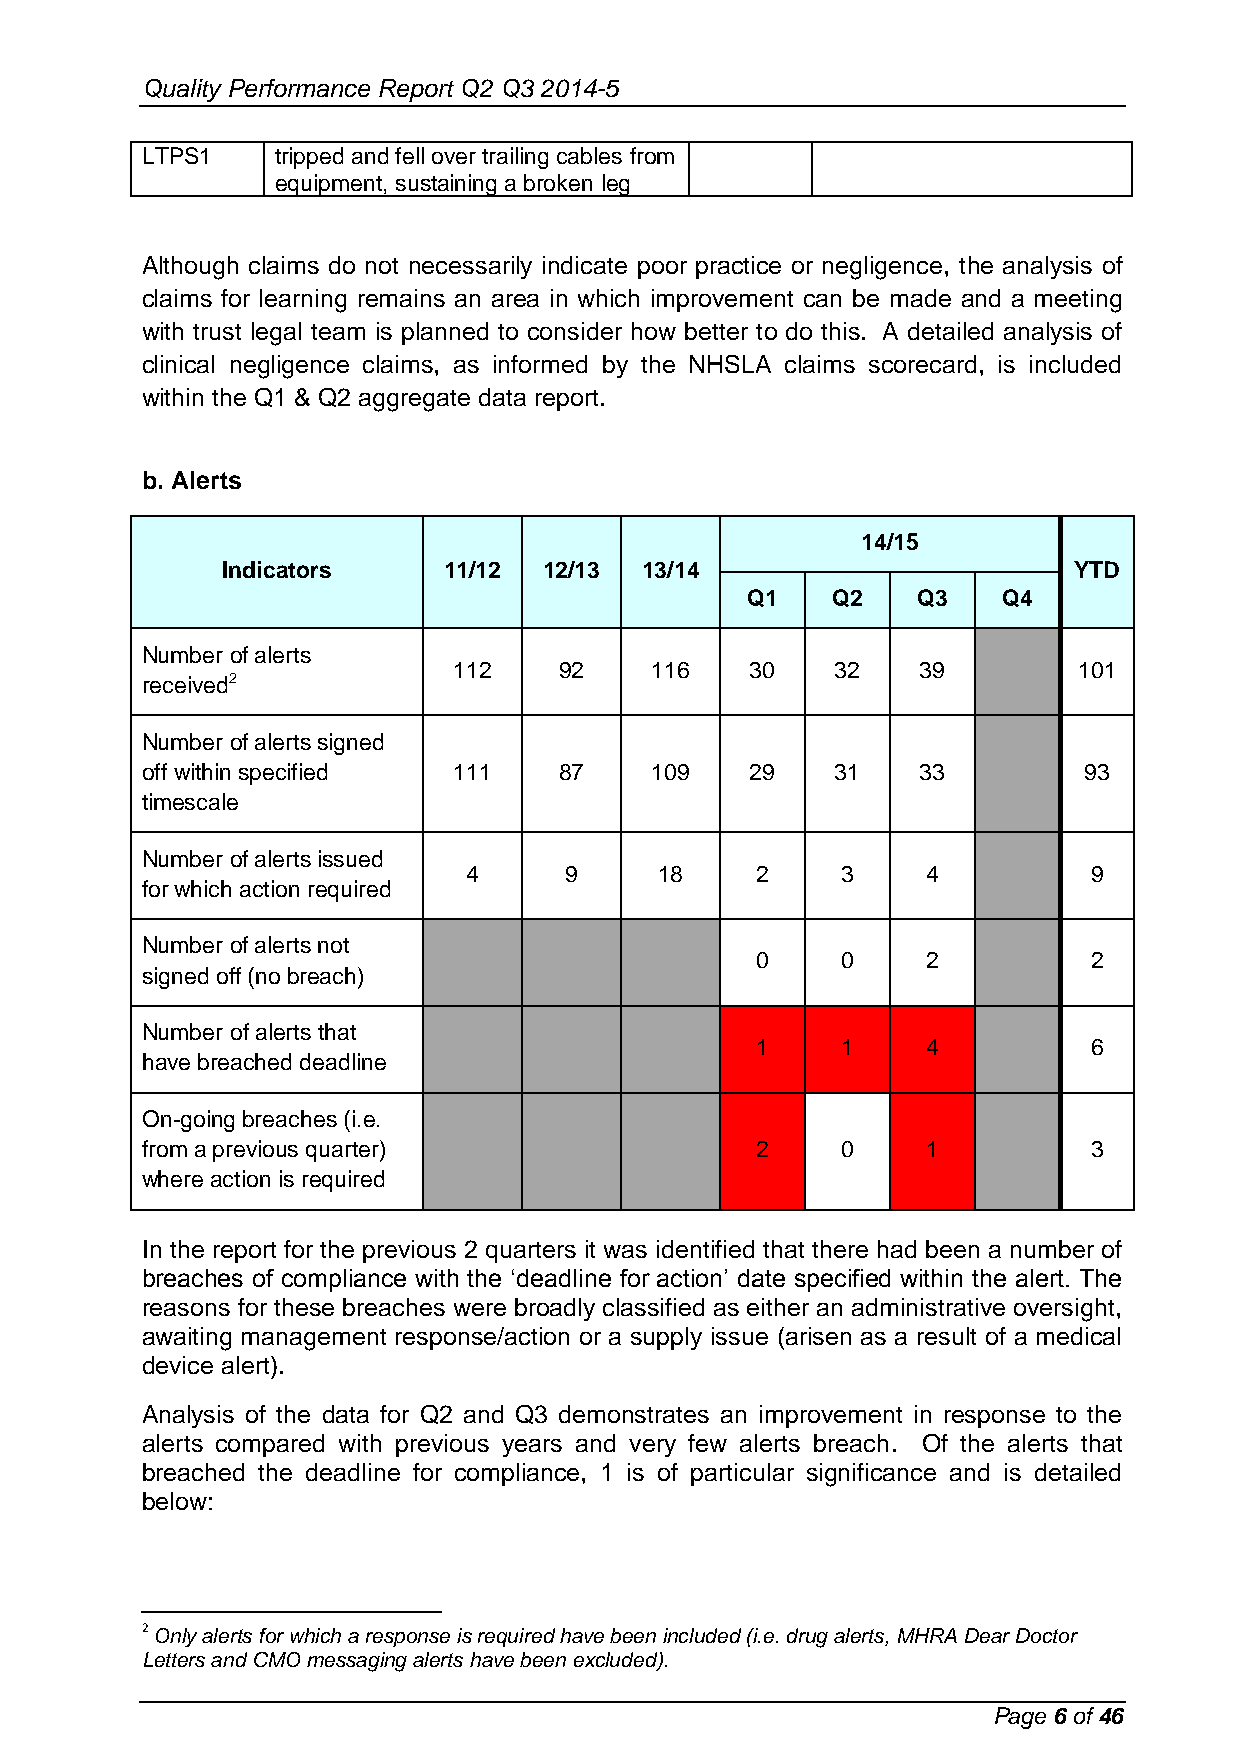
Quality Performance Report Q2 Q3 2014-5
 LTPS1    tripped and fell over trailing cables from
 equipment, sustaining a broken leg
 Although claims do not necessarily indicate poor practice or negligence, the analysis of
 claims for learning remains an area in which improvement can be made and a meeting
 with trust legal team is planned to consider how better to do this. A detailed analysis of
 clinical negligence claims, as informed by the NHSLA claims scorecard, is included
 within the Q1 & Q2 aggregate data report.
 b. Alerts
 14/15
 Indicators    11/12  12/13 13/14                        YTD
 Q1    Q2    Q3   Q4
 Number of alerts
 112    92    116    30   32    39        101
 received2
 Number of alerts signed
 off within specified 111    87    109    29   31    33         93
 timescale
 Number of alerts issued
 4     9      18    2     3    4          9
 for which action required
 Number of alerts not
 0     0    2          2
 signed off (no breach)
 Number of alerts that
 1     1    4          6
 have breached deadline
 On-going breaches (i.e.
 from a previous quarter)                 2     0    1          3
 where action is required
 In the report for the previous 2 quarters it was identified that there had been a number of
 breaches of compliance with the ‘deadline for action’ date specified within the alert. The
 reasons for these breaches were broadly classified as either an administrative oversight,
 awaiting management response/action or a supply issue (arisen as a result of a medical
 device alert).
 Analysis of the data for Q2 and Q3 demonstrates an improvement in response to the
 alerts compared with previous years and very few alerts breach. Of the alerts that
 breached the deadline for compliance, 1 is of particular significance and is detailed
 below:
 2 Only alerts for which a response is required have been included (i.e. drug alerts, MHRA Dear Doctor
 Letters and CMO messaging alerts have been excluded).
 Page 6 of 46